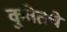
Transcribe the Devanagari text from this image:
कुवेतचे